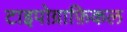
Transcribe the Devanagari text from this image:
टाइपोग्राफ़िकल